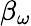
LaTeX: \beta_{\omega}